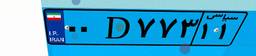
۰۰D۷۷۳۱۱